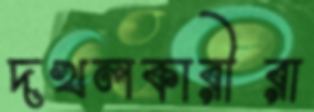
দখলকারীরা